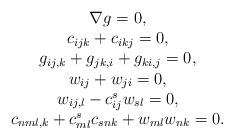
LaTeX: \begin{align*}\begin{array}{c}\nabla g=0, \\c_{ijk}+c_{ikj}=0, \\g_{ij, k}+g_{jk, i}+g_{ki, j}=0, \\w_{ij}+w_{ji}=0, \\w_{ij, l}-c^s_{ij}w_{sl}=0, \\c_{nml,k}+c^s_{ml}c_{snk}+w_{ml}w_{nk}=0.\end{array}\end{align*}